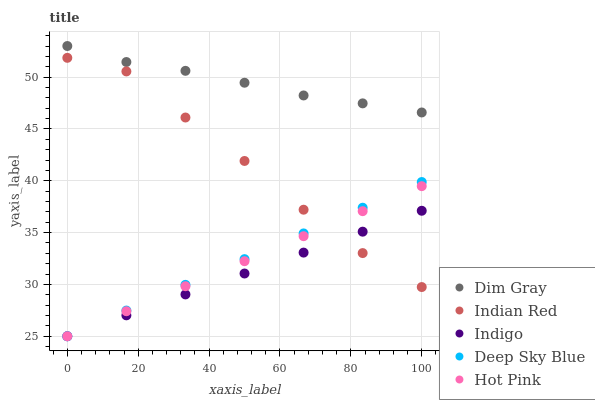
| xaxis_label | Dim Gray | Indian Red | Indigo | Deep Sky Blue | Hot Pink |
 | --- | --- | --- | --- | --- | --- |
 | 0 | 53 | 51.9 | 25 | 25 | 25 |
 | 16.7 | 51.5 | 50.5 | 27 | 27.5 | 27.4 |
 | 33.3 | 50.6 | 46.1 | 29 | 30 | 29.8 |
 | 50 | 49.5 | 41.9 | 31.1 | 32.4 | 32.2 |
 | 66.7 | 48.2 | 37.2 | 33.1 | 34.9 | 34.7 |
 | 83.3 | 47.5 | 33 | 35.1 | 37.4 | 37.1 |
 | 100 | 46.6 | 29.7 | 37.1 | 39.9 | 39.5 |